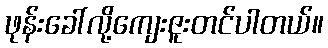
ဖုန်းခေါ်လို့ကျေးဇူးတင်ပါတယ်။